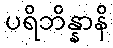
ပရိဘိန္နာနိ